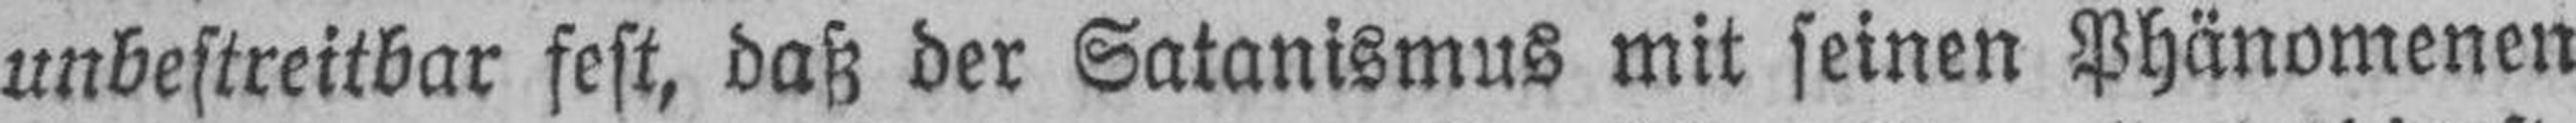
unbestreitbar fest, daß der Satanismus mit seinen Phänomenen